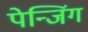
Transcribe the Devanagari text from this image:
पेन्जिंग